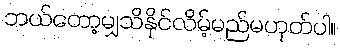
ဘယ်တော့မျှသိနိုင်လိမ့်မည်မဟုတ်ပါ။